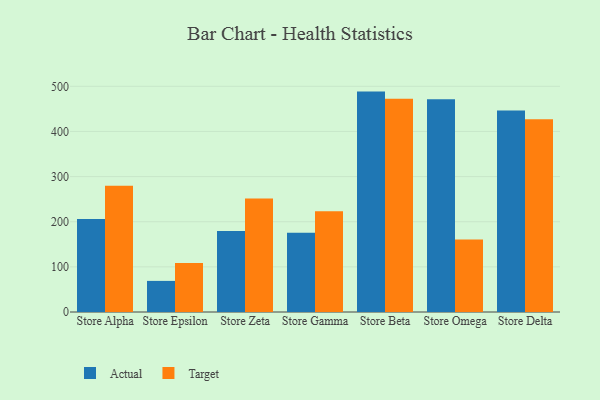
{"axis": {"x": "Store", "y": "Page Views"}, "legend": ["Actual", "Target"], "data": [{"x": "Store Alpha", "y": 206.3, "type": "Actual"}, {"x": "Store Alpha", "y": 279.5, "type": "Target"}, {"x": "Store Epsilon", "y": 68.9, "type": "Actual"}, {"x": "Store Epsilon", "y": 108.3, "type": "Target"}, {"x": "Store Zeta", "y": 179.3, "type": "Actual"}, {"x": "Store Zeta", "y": 251.4, "type": "Target"}, {"x": "Store Gamma", "y": 175.5, "type": "Actual"}, {"x": "Store Gamma", "y": 223.0, "type": "Target"}, {"x": "Store Beta", "y": 488.3, "type": "Actual"}, {"x": "Store Beta", "y": 472.2, "type": "Target"}, {"x": "Store Omega", "y": 471.4, "type": "Actual"}, {"x": "Store Omega", "y": 160.4, "type": "Target"}, {"x": "Store Delta", "y": 446.5, "type": "Actual"}, {"x": "Store Delta", "y": 427.2, "type": "Target"}]}